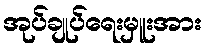
အုပ်ချုပ်ရေးမှူးအား